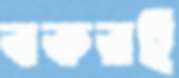
বকরই